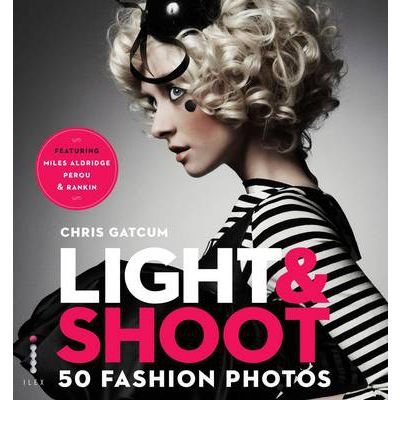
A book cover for Light & Shoot: 50 Fashion Photos (Paperback) - Common; By (author) Chris Gatcum; Arts & Photography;